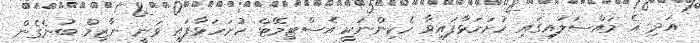
އަދި އެ މައްސަލައިގައި ހުށަހަޅާފައިވާ ހެކިންނަކީ އެސްޓިމޭޓް ހުށަހަޅާފައި ވަނީ ނާޒިމް ބުނެގެން